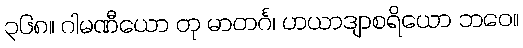
၃၆၈။ ဂါမဏီယော တု မာတင်္ဂ၊ ဟယာဒျာစရိယော ဘဝေ။